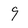
Character: 9